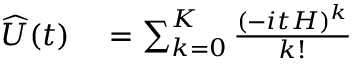
\begin{array} { r l } { \widehat { U } ( t ) } & { { } = \sum _ { k = 0 } ^ { K } \frac { ( - i t H ) ^ { k } } { k ! } } \end{array}